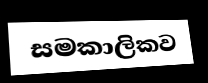
සමකාලිකව